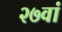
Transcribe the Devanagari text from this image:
२७वां